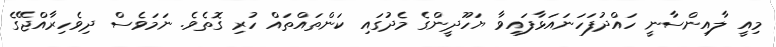
މިއީ ލާއިންސާނީ ހައްދުފަހަނައަޅާފައިވާ ޔަހޫދީންގެ މެދުގައި ކަންތައްތައް ހުރި ގޮތެވެ. ނަމަވެސް ދިވެހިރާއްޖޭގެ